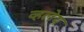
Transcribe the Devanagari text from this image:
व्हलेय